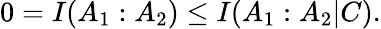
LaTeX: \begin{array}{r}{0=I(A_{1}:A_{2})\leq I(A_{1}:A_{2}|C).}\end{array}